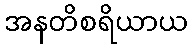
အနတိစရိယာယ